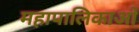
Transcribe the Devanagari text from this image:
महापालिकाओं